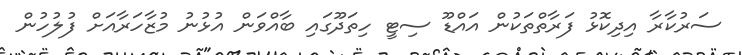
ސަރުކާރާ އިދިކޮޅު ފަރާތްތަކުން އައްޑޫ ސިޓީ ހިތަދޫގައި ބާއްވަން އުޅުނު މުޒާހަރާއަށް ފުލުހުން